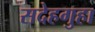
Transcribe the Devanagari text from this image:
सदेहगुहा